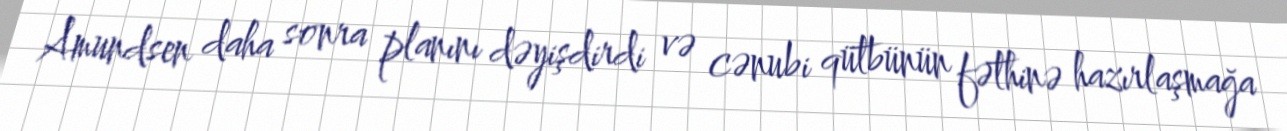
Amundsen daha sonra planını dəyişdirdi və cənubi qütbünün fəthinə hazırlaşmağa